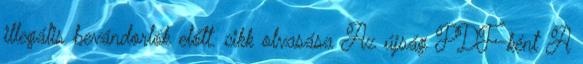
illegális bevándorlók előtt. cikk olvasása Az újság PDF-ként A